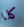
كلا